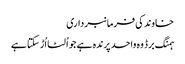
خاوند کی فرمانبرداری
ہمنگ برڈ وہ واحد پرندہ ہے جو اُلٹا اُڑ سکتا ہے